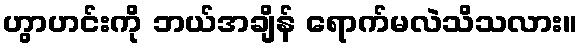
ဟွာဟင်းကို ဘယ်အချိန် ရောက်မလဲသိသလား။